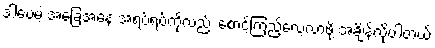
ဒါပေမဲ့ အခြေအနေ အရပ်ရပ်ကိုလည်း စောင့်ကြည့်လေ့လာဖို့ အချိန်လိုပါတယ်